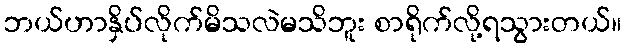
ဘယ်ဟာနှိပ်လိုက်မိသလဲမသိဘူး စာရိုက်လို့ရသွားတယ်။